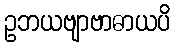
ဥဘယဗျာဗာဓာယပိ